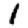
Digit: 1